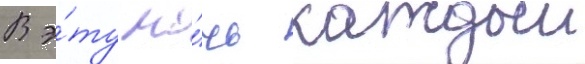
В э́ту но́чь каждыи